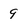
Character: 9